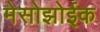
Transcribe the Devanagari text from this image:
मेसोझोईक